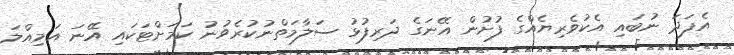
އެފަދަ ނުބައި އެކުވެރިޔެއްގެ ފުށުން އޭނަގެ ދަރިފުޅު ސަލާމަތްނުކުރެވުނު ކަމަށްޓަކައި އޭނަ އަމިއްލަ